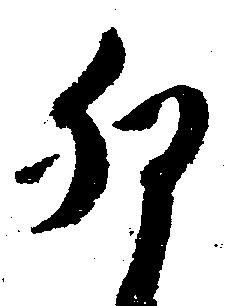
卯